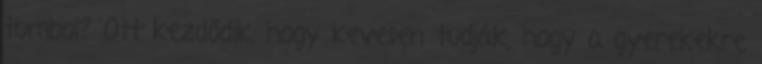
tombol? Ott kezdődik, hogy kevesen tudják, hogy a gyerekekre